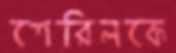
শেরিলকে